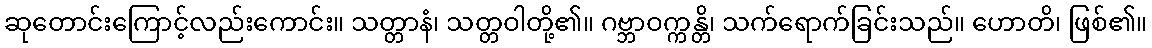
ဆုတောင်းကြောင့်လည်းကောင်း။ သတ္တာနံ၊ သတ္တဝါတို့၏။ ဂဗ္ဘာဝက္ကန္တိ၊ သက်ရောက်ခြင်းသည်။ ဟောတိ၊ ဖြစ်၏။